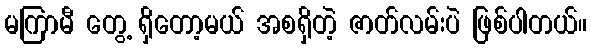
မကြာမီ တွေ့ ရှိတော့မယ် အစရှိတဲ့ ဇာတ်လမ်းပဲ ဖြစ်ပါတယ်။